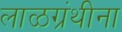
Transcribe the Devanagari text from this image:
लाळग्रंथीना